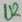
Text: U2